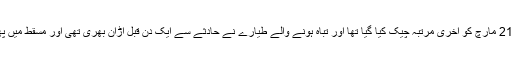
سمری کے مطابق طیارے کو رواں ماہ 21 مارچ کو آخری مرتبہ چیک کیا گیا تھا اور تباہ ہونے والے طیارے نے حادثے سے ایک دن قبل اڑان بھری تھی اور مسقط میں پھنسے پاکستانیوں کو لاہور واپس لایا تھا۔